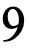
9